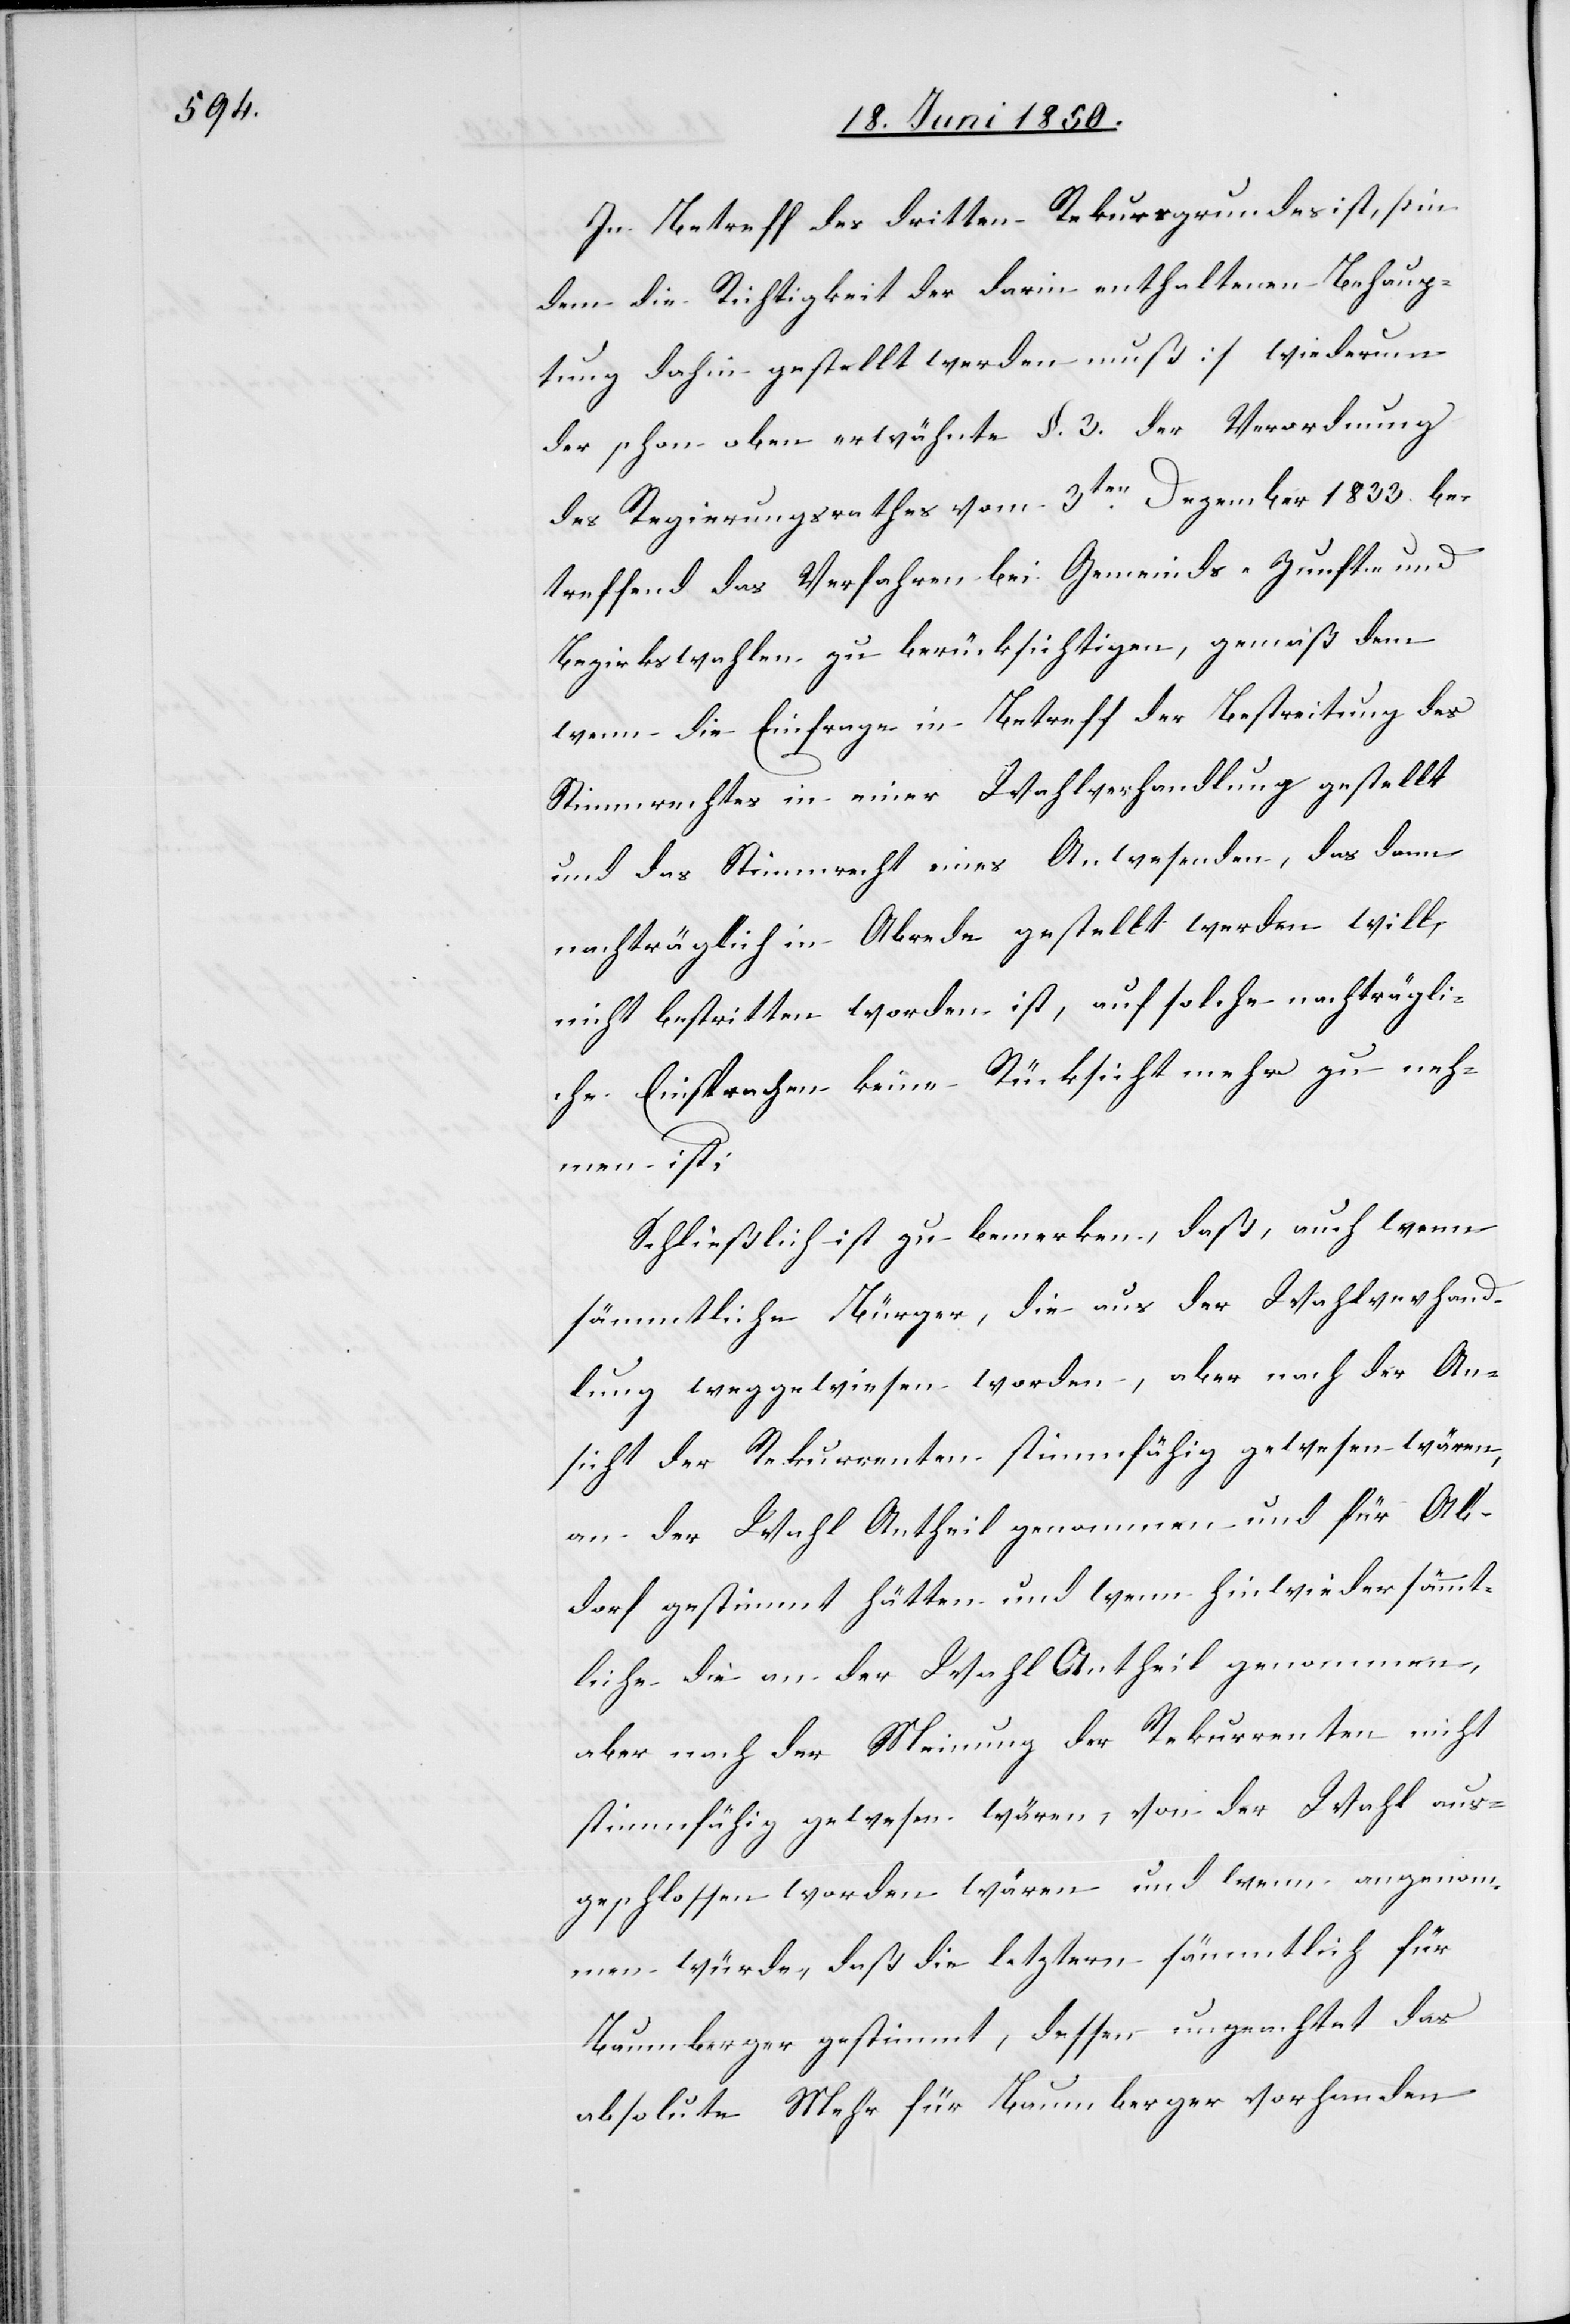
In Betreff des dritten Rekursgrundes ist, [in
dem die Richtigkeit der darin enthaltenen Behaup¬
tung dahin gestellt werden muß] wiederum
der schon oben erwähnte §. 3. der Verordnung
des Regierungsrathes vom 3ten Dezember 1833. be¬
treffend das Verfahren bei Gemeinds- Zunft- und
Bezirkswahlen zu berücksichtigen, gemäß dem
wenn die Einfrage in Betreff der Bestreitung des
Stimmrechtes in einer Wahlverhandlung gestellt
und das Stimmrecht eines Anwesenden, das dann
nachträglich in Abrede gestellt werden will,
nicht bestritten worden ist, auf solche nachträgli¬
che Einsprachen keine Rücksicht mehr zu neh¬
men ist;
Schließlich ist zu bemerken, daß, auch wenn
sämmtliche Bürger, die aus der Wahlverhand¬
lung weggewiesen worden, aber nach der An¬
sicht der Rekurrenten stimmfähig gewesen wären,
an der Wahl Antheil genommen und für Ab¬
dorf gestimmt hätten und wenn hinwieder sämmt¬
liche die an der Wahl Antheil genommen,
aber nach der Meinung der Rekurrenten nicht
stimmfähig gewesen wären, von der Wahl aus¬
geschlossen worden wären und wenn angenom¬
men würde, daß die letztern sämmtlich für
absolute Mehr für Baumberger vorhanden